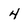
Character: 4